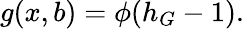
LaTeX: g(x,b)=\phi(h_{G}-1).